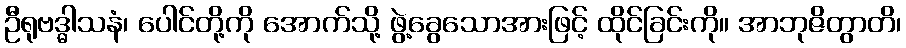
ဦရုဗဒ္ဓါသနံ၊ ပေါင်တို့ကို အောက်သို့ ဖွဲ့ခွေသောအားဖြင့် ထိုင်ခြင်းကို။ အာဘုဇိတွာတိ၊